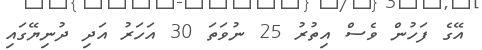
އޭގެ ފަހުން ވެސް އިތުރު 25 ނުވަތަ 30 އަހަރު އަދި ދުނިޔޭގައި